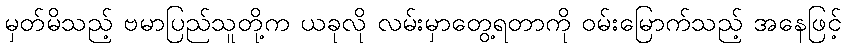
မှတ်မိသည့် ဗမာပြည်သူတို့က ယခုလို လမ်းမှာတွေ့ရတာကို ဝမ်းမြောက်သည့် အနေဖြင့်